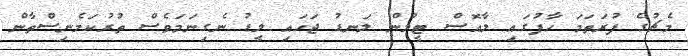
މެޗުގެ ފުރަތަމަ ހާފުގައި ލާއޮސް ޓީމުން ލަނޑު ޖަހައި ލީޑު ނެގިނަމަވެސް ތުރުކަމެނިސްތާން